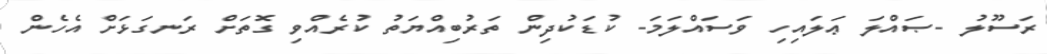
ރަސޫލު -ޞައްލަ ޢަލައިހި ވަސައްލަމަ- ކުޑަކުދިން ތަރުބިއްޔަތު ކުރެއްވި ގޮތަށް ރަނގަޅަށް އެހެން